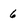
Character: 6